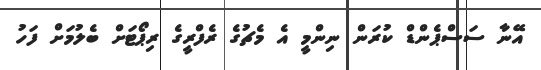
އޭނާ ސަސްޕެންޑް ކުރަން ނިންމީ އެ މެޗުގެ ރެފްރީގެ ރިޕޯޓަށް ބެލުމަށް ފަހު